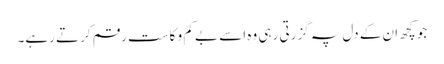
جو کچھ ان کے دل پہ گزرتی رہی وہ اسے بے کم و کاست رقم کرتے رہے۔